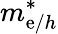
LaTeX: m_{\mathrm{e}/h}^{*}